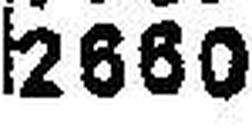
2660